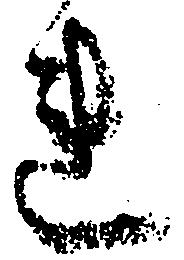
連